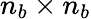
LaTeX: n_{b}\times n_{b}